Vaccine operations Central Provinces 1900-1911 - 1900-1911
Year: 1900
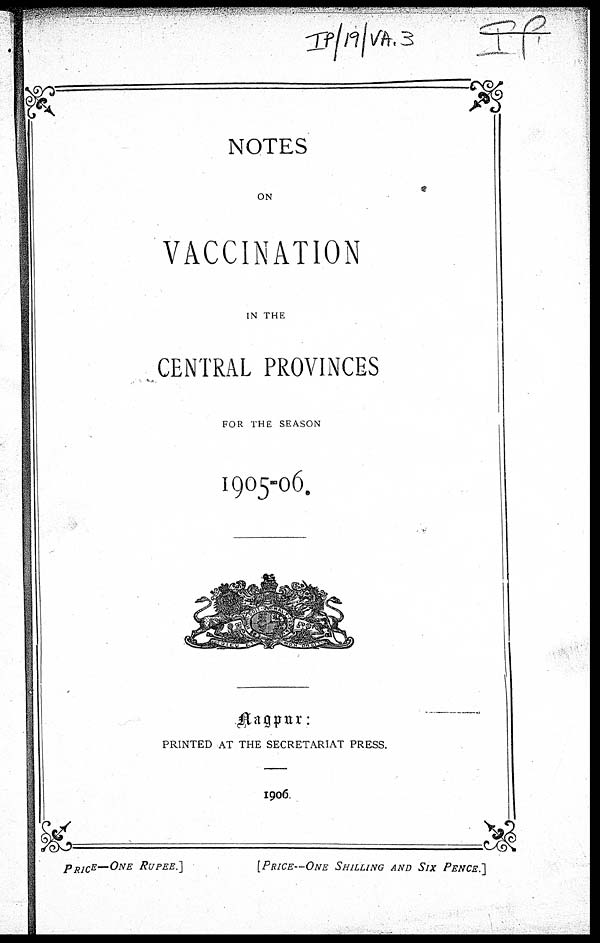
NOTES
ON
VACCINATION
IN THE
CENTRAL PROVINCES
FOR THE SEASON
1905-06.
Nagpur:
PRINTED AT THE SECRETARIAT PRESS.
1906
PRICE—ONE
RUPEE.]
[PRICE—ONE
SHILLING AND SIX
PENCE.]